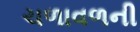
ચળાવળની